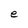
Character: e